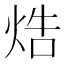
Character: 焅